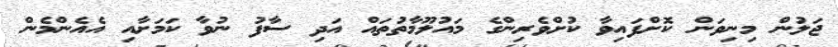
ޖަލުން މިނިވަން ކޮށްފައިވާ ކުށްވެރިންގެ މައުލޫމާތުތައް އަދި ސާފު ނުވާ ކަމަށާއި އެއެންމެން